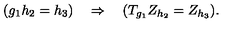
( g _ { 1 } h _ { 2 } = h _ { 3 } ) \quad \Rightarrow \quad ( T _ { g _ { 1 } } Z _ { h _ { 2 } } = Z _ { h _ { 3 } } ) .